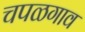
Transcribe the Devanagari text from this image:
चपळगाव